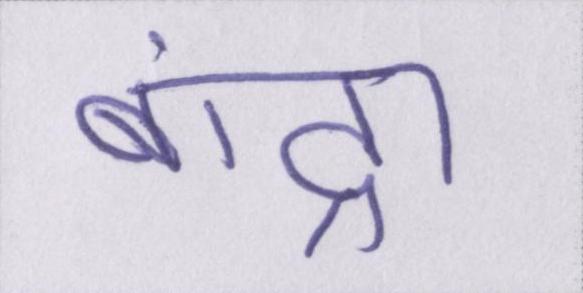
बांद्रा